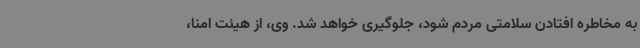
به مخاطره افتادن سلامتی مردم شود، جلوگیری خواهد شد. وی، از هیئت امنا،